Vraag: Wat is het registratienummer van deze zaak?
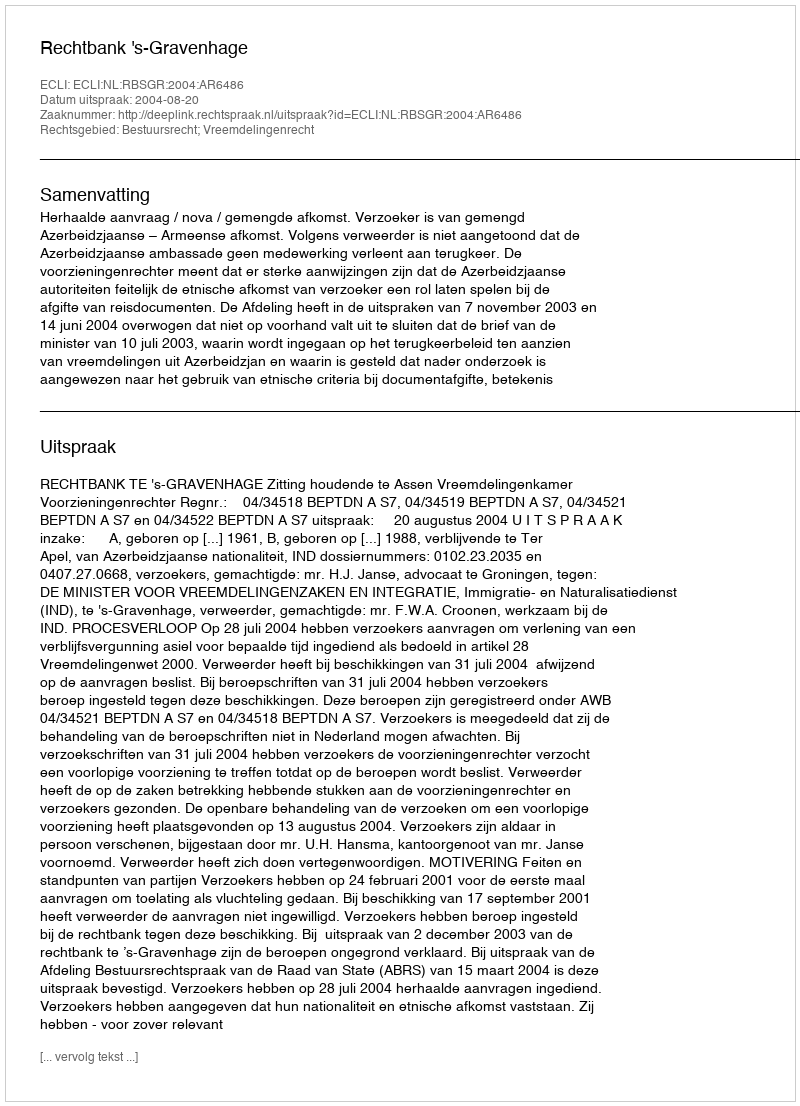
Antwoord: http://deeplink.rechtspraak.nl/uitspraak?id=ECLI:NL:RBSGR:2004:AR6486